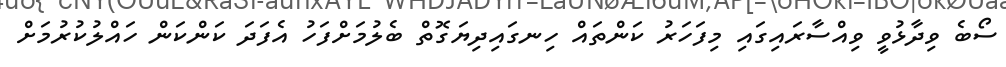
ސޯބެ ވިދާޅުވީ ވިއްސާރައިގައި މިފަހަރު ކަންތައް ހިނގައިދިޔަގޮތް ބެލުމަށްފަހު އެފަދަ ކަންކަން ހައްލުކުރުމަށް